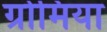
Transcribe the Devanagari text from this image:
ग्रोमिया